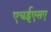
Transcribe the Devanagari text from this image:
एचईएसए